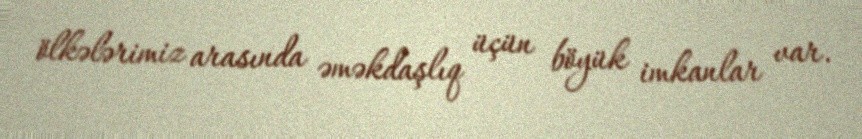
ölkələrimiz arasında əməkdaşlıq üçün böyük imkanlar var.